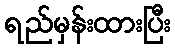
ရည်မှန်းထားပြီး